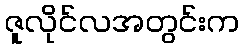
ဇူလိုင်လအတွင်းက